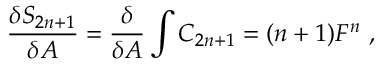
\frac { \delta S _ { 2 n + 1 } } { \delta A } = \frac { \delta } { \delta A } \int C _ { 2 n + 1 } = ( n + 1 ) F ^ { n } \ ,